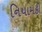
નિયામકી